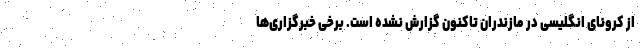
از کرونای انگلیسی در مازندران تاکنون گزارش نشده است. برخی خبرگزاری‌ها